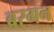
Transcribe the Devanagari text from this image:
बरगन